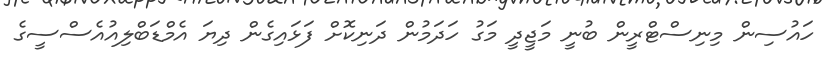
ހައުސިން މިނިސްޓްރީން ބުނީ މަޖީދީ މަގު ހަދަމުން ދަނިކޮށް ފަޅައިގެން ދިޔަ އެމްޑަބްލިއުއެސްސީގެ